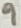
Text: 9